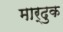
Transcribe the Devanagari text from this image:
मार्दुक